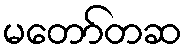
မတော်တဆ